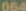
004